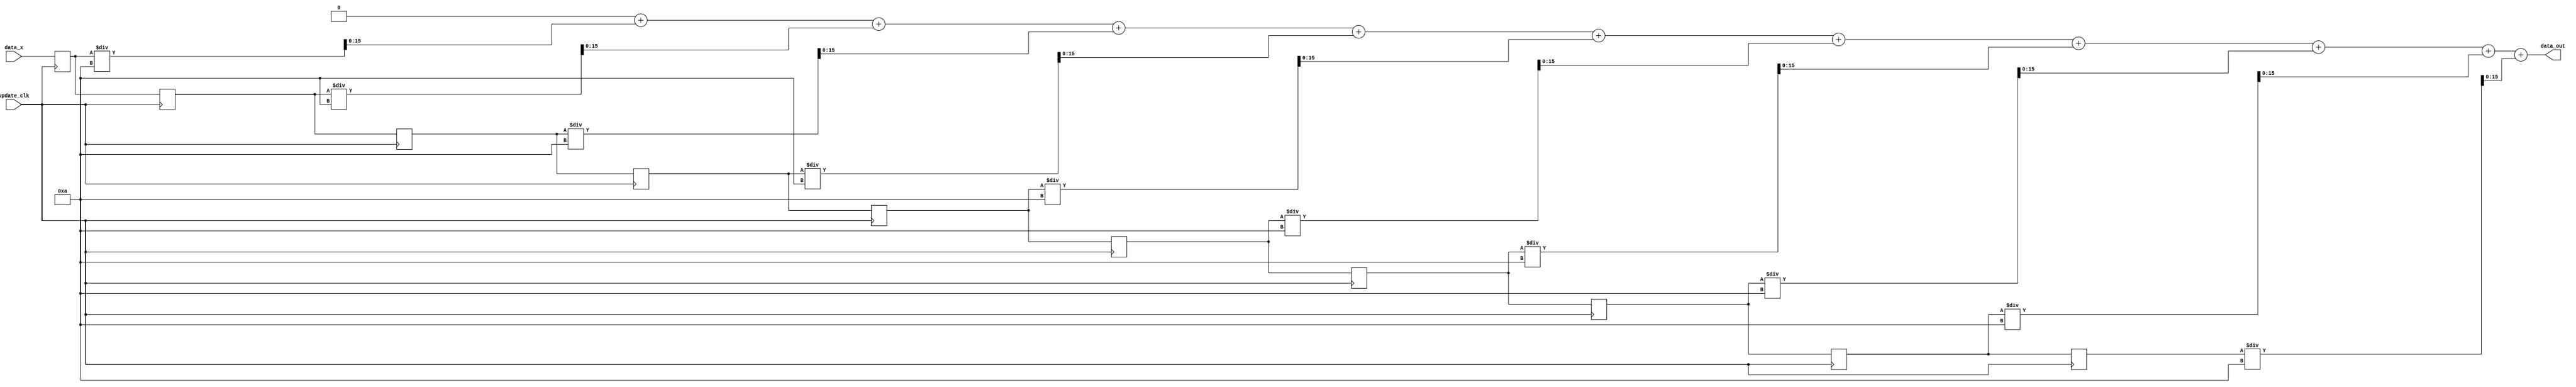
module mavg
	#(parameter N=10) (
    input update_clk,
    input signed [15:0] data_x,
    output signed [15:0] data_out
);

reg data_out;

reg[15:0] mem[0:N-1]; //N Locations

integer i;

always @(posedge update_clk) begin //Clked process assignmnets use non-blocking(<=)  
  
    mem[0]<=data_x;

    for ( i = 1; i < N; i = i + 1) begin
        mem[i] <= mem[i-1];  
    end

end


always @* begin

    data_out = 0;

    for ( i = 0; i < N; i = i + 1) begin
        data_out = data_out + ( mem[i] / N );  
    end

end

endmodule